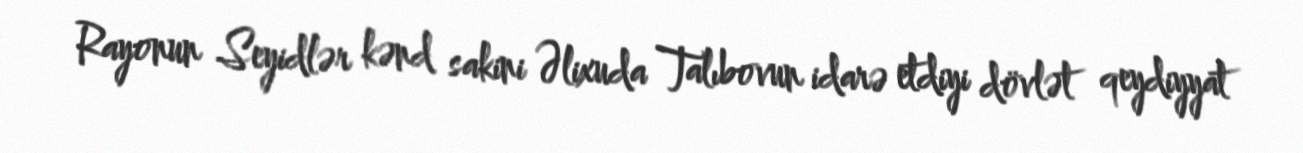
Rayonun Seyidlər kənd sakini Əlixuda Talıbovun idarə etdiyi dövlət qeydiyyat